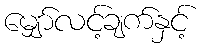
မျှော်လင့်ချက်နှင့်